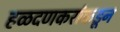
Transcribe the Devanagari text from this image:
हळदणकरांकडून